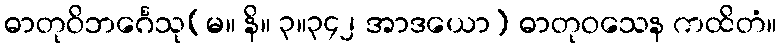
ဓာတုဝိဘင်္ဂေသု(မ။ နိ။ ၃။၃၄၂ အာဒယော) ဓာတုဝသေန ကထိတံ။